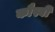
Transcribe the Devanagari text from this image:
कौस्बी